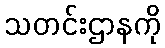
သတင်းဌာနကို